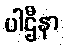
ပါဌီနာ